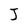
Character: J